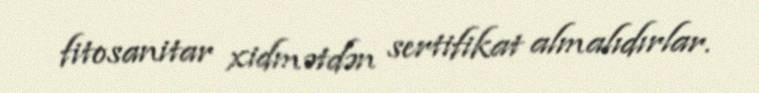
fitosanitar xidmətdən sertifikat almalıdırlar.